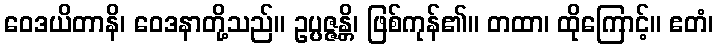
ဝေဒယိတာနိ၊ ဝေဒနာတို့သည်။ ဥပ္ပဇ္ဇန္တိ၊ ဖြစ်ကုန်၏။ တထာ၊ ထိုကြောင့်။ ဧတံ၊